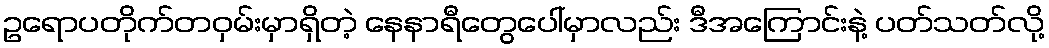
ဥရောပတိုက်တဝှမ်းမှာရှိတဲ့ နေနာရီတွေပေါ်မှာလည်း ဒီအကြောင်းနဲ့ ပတ်သတ်လို့